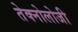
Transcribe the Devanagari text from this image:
तेक्नोलोजी